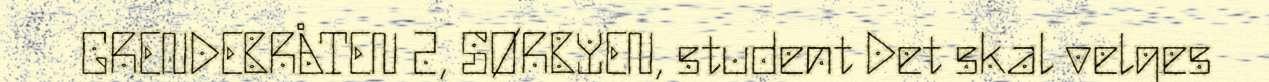
GRENDEBRÅTEN 2, SØRBYEN, student Det skal velges